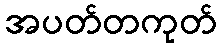
အပတ်တကုတ်